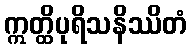
ဣတ္ထိပုရိသနိဿိတံ